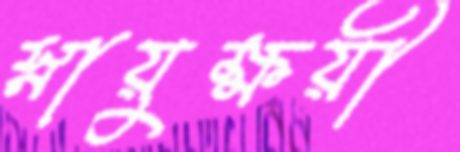
স্নায়ুক্ষয়ী